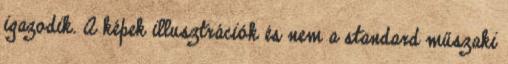
igazodik. A képek illusztrációk és nem a standard műszaki